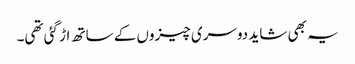
یہ بھی شاید دوسری چیزوں کے ساتھ اڑ گئی تھی۔